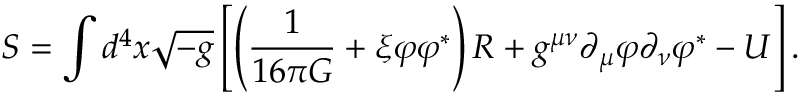
S = \int d ^ { 4 } x \sqrt { - g } \left[ \left( \frac { 1 } { 1 6 \pi G } + \xi \varphi { \varphi } ^ { \ast } \right) R + g ^ { \mu \nu } { \partial } _ { \mu } \varphi { \partial } _ { \nu } { \varphi } ^ { \ast } - U \right] .